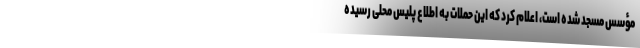
مؤسس مسجد شده است، اعلام کرد که این حملات به اطلاع پلیس محلی رسیده